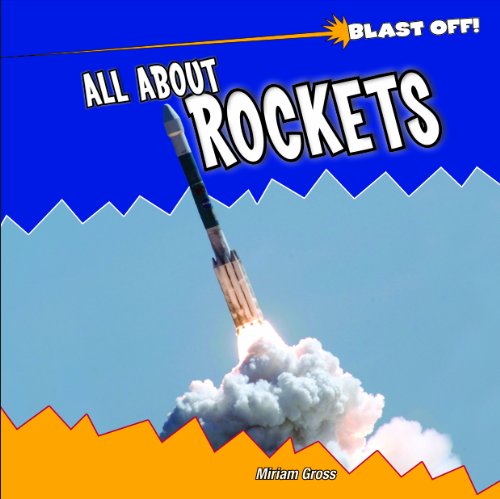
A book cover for All About Rockets (Blast Off!); Miriam Gross; Children's Books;